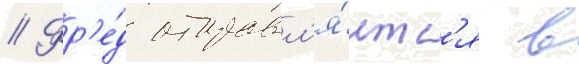
// Фр'е́д отправл'я́етс'я в